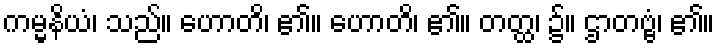
ကမ္မနိယံ၊ သည်။ ဟောတိ၊ ၏။ ဟောတိ၊ ၏။ တတ္ထ၊ ၌။ ဌာတဗ္ဗံ၊ ၏။